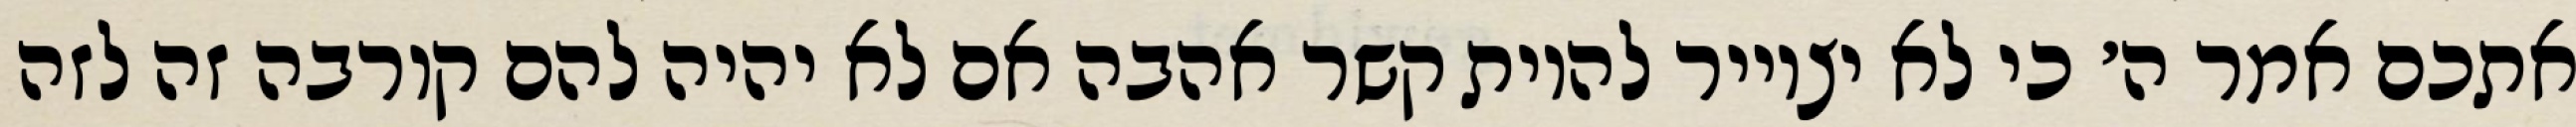
אתכם אמר ה׳ כי לא יצוייר להיות קשר אהבה אם לא יהיה להם קורבה זה לזה